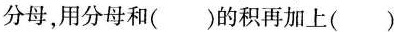
分母，用分母和()的积再加上()